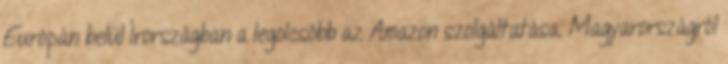
Európán belül Írországban a legolcsóbb az Amazon szolgáltatása. Magyarországról